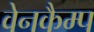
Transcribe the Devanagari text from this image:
वेनकैम्प